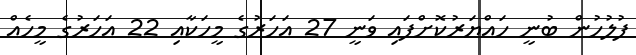
ފުލުހުން ބުނީ ހައްޔަރުކޮށްފައި ވަނީ 27 އަހަރުގެ މީހަކާއި 22 އަހަރުގެ މީހެއް